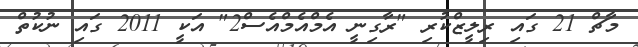
މާޗް 21 ގައި ރިލީޒްކުރި "ރާގިނީ އެމްއެމްއެސް2" އަކީ 2011 ގައި ނުކުތް